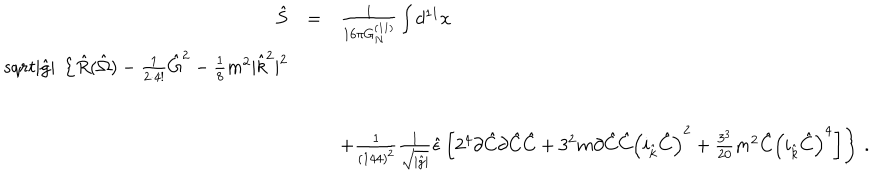
LaTeX: \begin{array} { r c l } { { \hat { S } } } & { { = } } & { { \frac { 1 } { 1 6 \pi G _ { N } ^ { ( 1 1 ) } } \int d ^ { 1 1 } x } } \\ { { s q r t { | \hat { g } | } \ \left\{ \hat { R } ( \hat { \Omega } ) - { \textstyle \frac { 1 } { 2 \cdot 4 ! } } \hat { G } ^ { 2 } - { \textstyle \frac { 1 } { 8 } } m ^ { 2 } | \hat { k } ^ { 2 } | ^ { 2 } \right. } } \\ { { } } & { { } } & { { } } \\ { { } } & { { } } & { { \hspace { - 1 . 5 c m } \left. + { \textstyle \frac { 1 } { ( 1 4 4 ) ^ { 2 } } } \frac { 1 } { \sqrt { | \hat { g } | } } \hat { \epsilon } \left[ 2 ^ { 4 } \partial \hat { C } \partial \hat { C } \hat { C } + 3 ^ { 2 } m \partial \hat { C } \hat { C } \left( i _ { \hat { k } } \hat { C } \right) ^ { 2 } + \frac { 3 ^ { 3 } } { 2 0 } m ^ { 2 } \hat { C } \left( i _ { \hat { k } } \hat { C } \right) ^ { 4 } \right] \right\} \, . } } \\ \end{array}